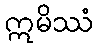
ဣမိဿံ